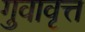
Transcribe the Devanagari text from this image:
गुवावृत्त